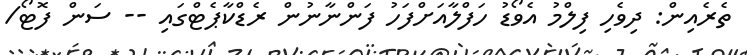
ތެރެއިން: ދިވެހި ފިލްމު އެވޯޑު ހަފްލާއަށްފަހު ފަންނާނުން ރެޑްކާޕެޓްގައި -- ސަން ފޮޓޯ/